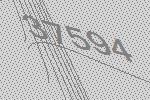
37594